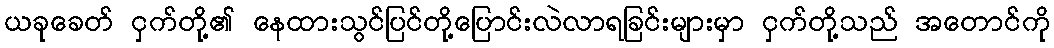
ယခုခေတ် ငှက်တို့၏ နေထားသွင်ပြင်တို့ပြောင်းလဲလာရခြင်းများမှာ ငှက်တို့သည် အတောင်ကို